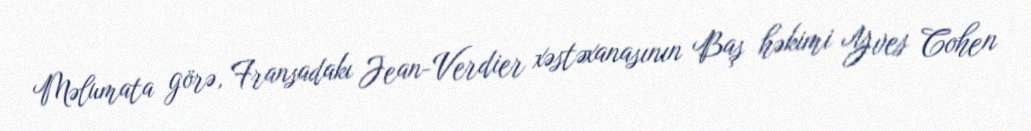
Məlumata görə, Fransadakı Jean-Verdier xəstəxanasının Baş həkimi Yves Cohen